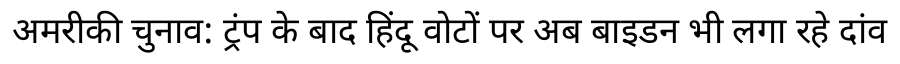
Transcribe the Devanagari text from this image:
अमरीकी चुनाव: ट्रंप के बाद हिंदू वोटों पर अब बाइडन भी लगा रहे दांव